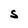
Character: S